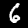
Digit: 6